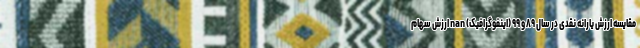
مقایسه ارزش یارانه نقدی در سال ۸۹ و ۹۹ (اینفوگرافیک) nan ارزش سهام